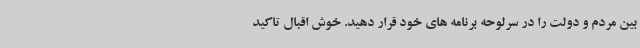
بین مردم و دولت را در سرلوحه برنامه های خود قرار دهید. خوش اقبال تاکید